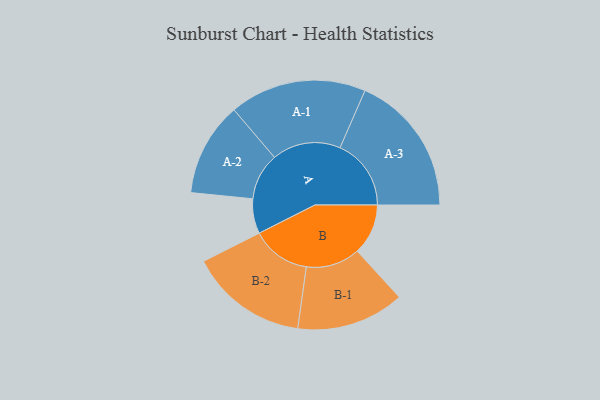
{"axis": {"x": "Segment", "y": "Value"}, "legend": ["", "A", "B"], "data": [{"x": "A", "y": 134, "type": ""}, {"x": "B", "y": 196, "type": ""}, {"x": "A-1", "y": 264, "type": "A"}, {"x": "A-2", "y": 181, "type": "A"}, {"x": "A-3", "y": 274, "type": "A"}, {"x": "B-1", "y": 208, "type": "B"}, {"x": "B-2", "y": 228, "type": "B"}]}